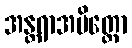
အန္တရာအမိတ္တော